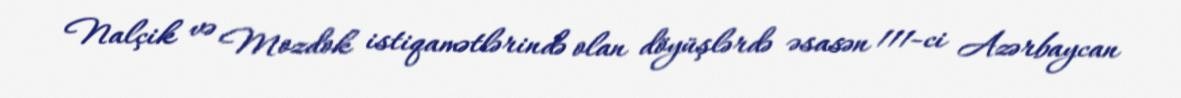
Nalçik və Mozdok istiqamətlərində olan döyüşlərdə əsasən 111-ci Azərbaycan